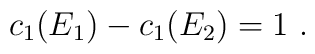
c_1(E_1) - c_1(E_2) = 1 \ .